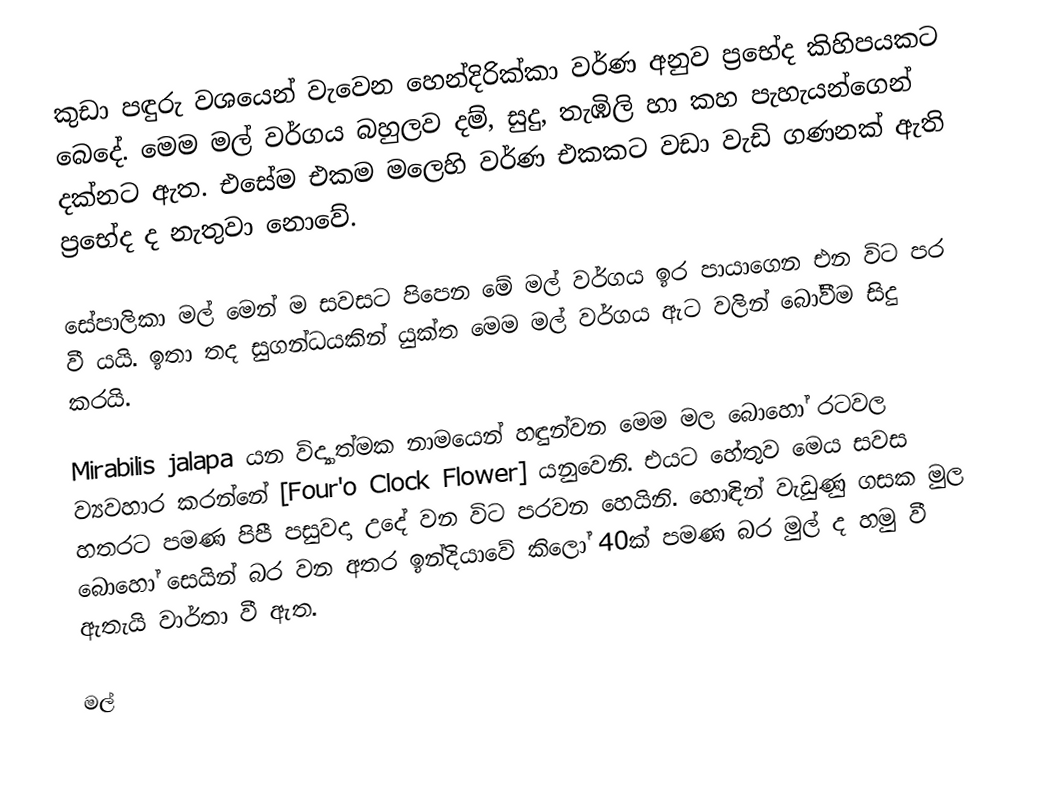
කුඩා පඳුරු වශයෙන් වැවෙන හෙන්දිරික්කා වර්ණ අනුව ප්‍රභේද කිහිපයකට බෙදේ. මෙම මල් වර්ගය බහුලව දම්, සුදු, තැඹිලි හා කහ පැහැයන්ගෙන් දක්නට ඇත. එසේම එකම මලෙහි වර්ණ එකකට වඩා වැඩි ගණනක් ඇති ප්‍රභේද ද නැතුවා නොවේ.

සේපාලිකා මල් මෙන් ම සවසට පිපෙන මේ මල් වර්ගය ඉර පායාගෙන එන විට පර වී යයි. ඉතා තද සුගන්ධයකින් යුක්ත මෙම මල් වර්ගය ඇට වලින් බෝවීම සිදු කරයි.

Mirabilis jalapa යන විද්‍යාත්මක නාමයෙන් හඳුන්වන මෙම මල බොහෝ රටවල ව්‍යවහාර කරන්නේ [Four'o Clock Flower] යනුවෙනි. එයට හේතුව මෙය සවස හතරට පමණ පිපී පසුවදා උදේ වන විට පරවන හෙයිනි. හොඳින් වැඩුණු ගසක මුල බොහෝ සෙයින් බර වන අතර ඉන්දියාවේ කිලෝ 40ක් පමණ බර මුල් ද හමු වී ඇතැයි වාර්තා වී ඇත.

මල්